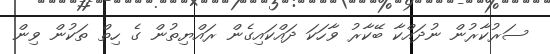
ސަރުކާރުން ނުދައްކާ ބޭކާރު ވާހަކަ ދައްކައިގެން ރައްޔިތުން ގެ ހިތް ތަކުން ވިން